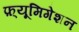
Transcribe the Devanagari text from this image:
फ़्यूमिगेशन